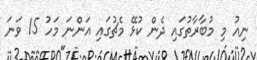
ނިއު މި މުބާރާތުގައި ދެން ކުޅޭ މެޗުގައި އަންނަ މަހު 15 ވަނަ